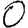
Digit: 0